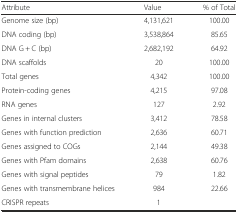
<table><thead><tr><td><b>Attribute</b></td><td><b>Value</b></td><td><b>% of Total</b></td></tr></thead><tbody><tr><td>Genome size (bp)</td><td>4,131,621</td><td>100.00</td></tr><tr><td>DNA coding (bp)</td><td>3,538,864</td><td>85.65</td></tr><tr><td>DNA G + C (bp)</td><td>2,682,192</td><td>64.92</td></tr><tr><td>DNA scaffolds</td><td>20</td><td>100.00</td></tr><tr><td>Total genes</td><td>4,342</td><td>100.00</td></tr><tr><td>Protein-coding genes</td><td>4,215</td><td>97.08</td></tr><tr><td>RNA genes</td><td>127</td><td>2.92</td></tr><tr><td>Genes in internal clusters</td><td>3,412</td><td>78.58</td></tr><tr><td>Genes with function prediction</td><td>2,636</td><td>60.71</td></tr><tr><td>Genes assigned to COGs</td><td>2,144</td><td>49.38</td></tr><tr><td>Genes with Pfam domains</td><td>2,638</td><td>60.76</td></tr><tr><td>Genes with signal peptides</td><td>79</td><td>1.82</td></tr><tr><td>Genes with transmembrane helices</td><td>984</td><td>22.66</td></tr><tr><td>CRISPR repeats</td><td>1</td><td></td></tr></tbody></table>